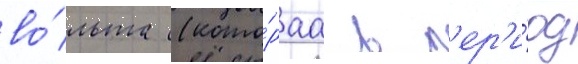
во́льта (кото́раа в п'ер'и́од